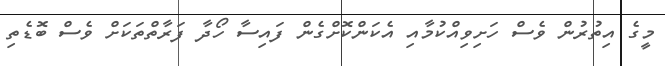
މީގެ އިތުރުން ވެސް ހަށިވިއްކުމާއި އެކަންކޮށްގެން ފައިސާ ހޯދާ ފަރާތްތަކަށް ވެސް ބޮޑެތި